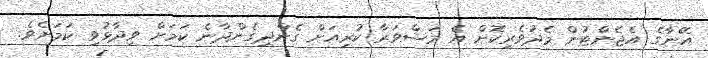
އޭނާގެ އެޖެންޓުން މެދުވެރިކޮށް އެ މަޝްވަރާ ކުރިއަށް ގެންދިގެންދާނެ ކަމަށް ވިދާޅުވި ކަމަށެވެ.